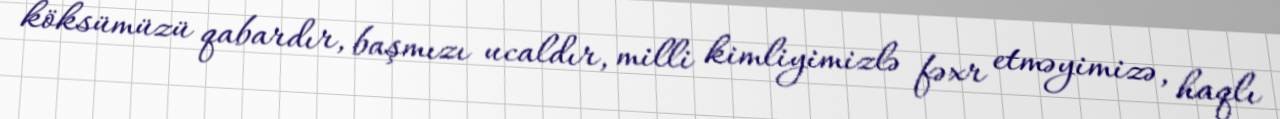
köksümüzü qabardır, başmızı ucaldır, milli kimliyimizlə fəxr etməyimizə, haqlı